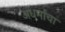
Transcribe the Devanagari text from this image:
अधर्माचा